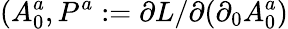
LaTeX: (A_{0}^{a},P^{a}:=\partial L/\partial(\partial_{0}{A}_{0}^{a})